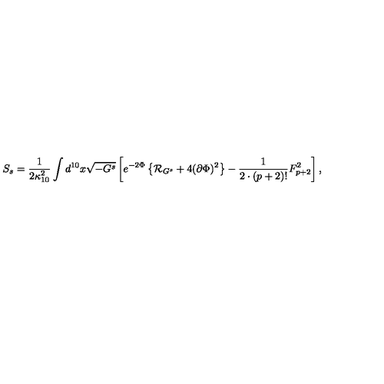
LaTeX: S _ { s } = { \frac { 1 } { 2 \kappa _ { 1 0 } ^ { 2 } } } \int d ^ { 1 0 } x \sqrt { - G ^ { s } } \left[ e ^ { - 2 \Phi } \left\{ { \cal R } _ { G ^ { s } } + 4 ( \partial \Phi ) ^ { 2 } \right\} - { \frac { 1 } { 2 \cdot ( p + 2 ) ! } } F _ { p + 2 } ^ { 2 } \right] ,